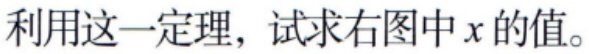
利用这一定理，试求右图中\(x\)的值。